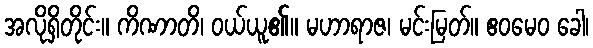
အလိုရှိတိုင်း။ ကိဏာတိ၊ ဝယ်ယူ၏။ မဟာရာဇ၊ မင်းမြတ်။ ဧဝမေဝ ခေါ၊